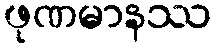
ဖုဏမာနဿ